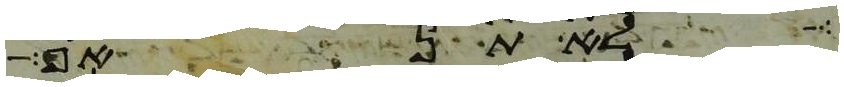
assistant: לא תנאף